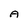
Character: A